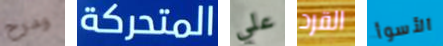
ومرح المتحركة علي القرد الأسوأ